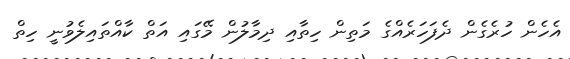
އެހެން ހުރެގެން ދެފަހަރެއްގެ މަތިން ހިތާއި ދިމާލުން މޭގައި އަތް ކާއްތައިލެވުނީ ހިތް